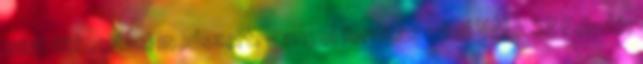
mint titkositasi modszert. - angol forditas mind VÁLASZ Feladó: